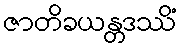
ဇာတိခယန္တဒဿိံ